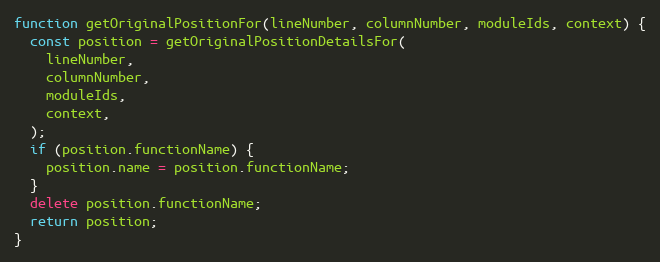
Language: JavaScript
function getOriginalPositionFor(lineNumber, columnNumber, moduleIds, context) {
  const position = getOriginalPositionDetailsFor(
    lineNumber,
    columnNumber,
    moduleIds,
    context,
  );
  if (position.functionName) {
    position.name = position.functionName;
  }
  delete position.functionName;
  return position;
}